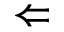
\Leftarrow